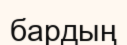
бардың